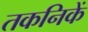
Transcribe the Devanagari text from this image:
तकनिकें